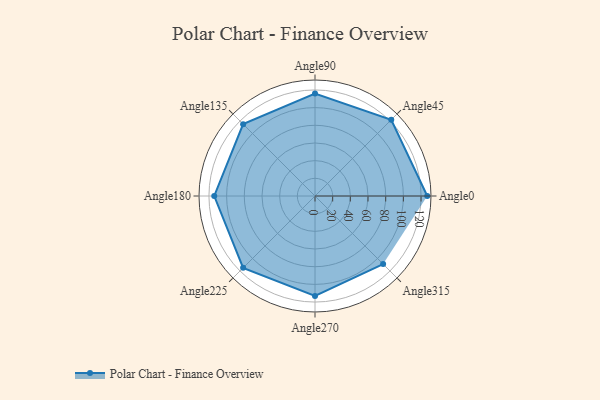
{"axis": {"x": "Angle", "y": "Radius"}, "legend": [""], "data": [{"x": "Angle0", "y": 127.0, "type": ""}, {"x": "Angle45", "y": 122.0, "type": ""}, {"x": "Angle90", "y": 116.0, "type": ""}, {"x": "Angle135", "y": 115.0, "type": ""}, {"x": "Angle180", "y": 114.0, "type": ""}, {"x": "Angle225", "y": 115.0, "type": ""}, {"x": "Angle270", "y": 113.0, "type": ""}, {"x": "Angle315", "y": 109.0, "type": ""}]}